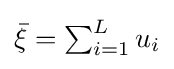
{\textstyle {\bar {\xi }}=\sum _{i=1}^{L}u_{i}}